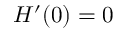
H ^ { \prime } ( 0 ) = 0